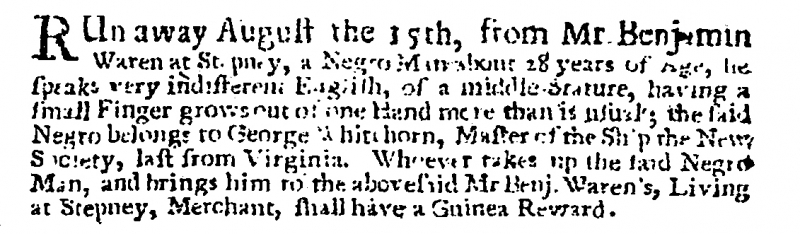
Post Man and the Historical Account, 8 September 1709 (England)
RUn away August the 15th, from Mr. Benjamin Waren at Stepney, a Negro Man about 28 years of Age, he speaks very indifferent English, of a middle Stature, having a small Finger grows out of one Hand more than is usual; the said Negro belongs to George Whit[]horn, Master of the Ship the New Society, last from Virginia. Whoever takes up the said Negro Man, and brings him to the abovesaid Mr Benj. Waren’s, Living at Stepney, Merchant, shall have a Guinea Reward.